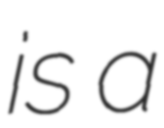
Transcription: is a